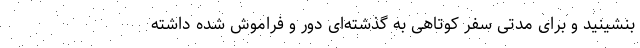
بنشینید و برای مدتی سفر کوتاهی به گذشته‌ای دور و فراموش شده داشته